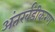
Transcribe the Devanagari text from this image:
अंतर्खंडीकरण